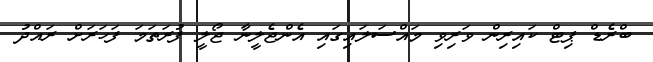
ބްރެޑް ޕިޓް ކައިރިން ވަރިވި މައްސަލައިގައި އެންޖެލީނާ ޖޯލީ ފުރަތަމަ ފަހަރަށް ރައްދު